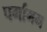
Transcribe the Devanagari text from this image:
पर्गामम